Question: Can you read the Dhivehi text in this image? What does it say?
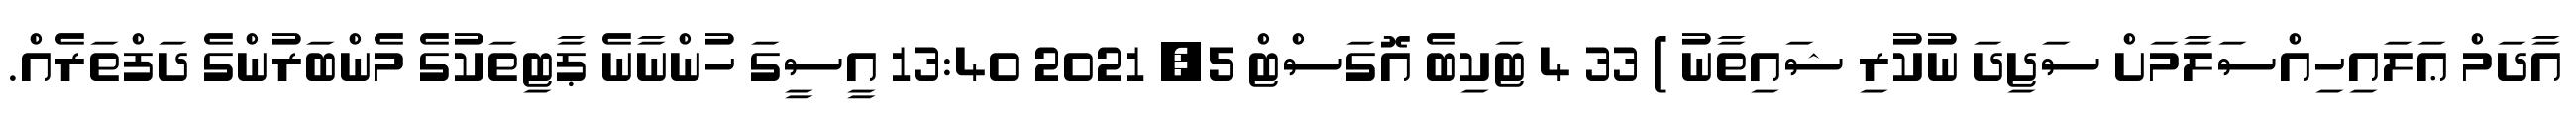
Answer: އާދަމް ޢަލައިހިއްސަލާމަށް ސަޖިދަ ނުކުރި ޝައިތާނު ) 33 4 ޓަކިބެ އޮގަސްޓް 5, 2021 13:40 އީސީގަ ހުންނާނެ ޕާޓިތަކުގެ މެންބަރުންގެ ދަފްތަރެއް.